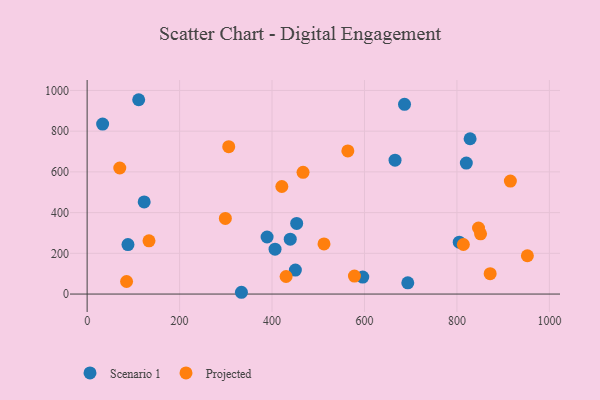
{"axis": {"x": "Ad Spend", "y": "Exam Score"}, "legend": ["Projected", "Scenario 1"], "data": [{"x": "439.4", "y": 269.4, "type": "Scenario 1"}, {"x": "693.7", "y": 54.9, "type": "Scenario 1"}, {"x": "450.5", "y": 117.7, "type": "Scenario 1"}, {"x": "111.5", "y": 954.4, "type": "Scenario 1"}, {"x": "828.5", "y": 762.7, "type": "Scenario 1"}, {"x": "389.3", "y": 280.3, "type": "Scenario 1"}, {"x": "33.5", "y": 834.6, "type": "Scenario 1"}, {"x": "686.6", "y": 931.6, "type": "Scenario 1"}, {"x": "123.4", "y": 452.5, "type": "Scenario 1"}, {"x": "406.5", "y": 220.2, "type": "Scenario 1"}, {"x": "666.1", "y": 657.5, "type": "Scenario 1"}, {"x": "820.3", "y": 643.3, "type": "Scenario 1"}, {"x": "453.3", "y": 346.9, "type": "Scenario 1"}, {"x": "333.8", "y": 8.7, "type": "Scenario 1"}, {"x": "805.0", "y": 254.6, "type": "Scenario 1"}, {"x": "88.3", "y": 243.1, "type": "Scenario 1"}, {"x": "596.3", "y": 83.3, "type": "Scenario 1"}, {"x": "512.4", "y": 246.2, "type": "Projected"}, {"x": "846.7", "y": 324.4, "type": "Projected"}, {"x": "299.0", "y": 371.2, "type": "Projected"}, {"x": "564.0", "y": 703.1, "type": "Projected"}, {"x": "851.1", "y": 295.9, "type": "Projected"}, {"x": "578.3", "y": 88.4, "type": "Projected"}, {"x": "813.9", "y": 243.4, "type": "Projected"}, {"x": "306.3", "y": 723.9, "type": "Projected"}, {"x": "871.9", "y": 99.9, "type": "Projected"}, {"x": "70.6", "y": 619.1, "type": "Projected"}, {"x": "85.3", "y": 61.6, "type": "Projected"}, {"x": "430.4", "y": 86.2, "type": "Projected"}, {"x": "915.6", "y": 554.8, "type": "Projected"}, {"x": "952.4", "y": 188.1, "type": "Projected"}, {"x": "421.2", "y": 528.1, "type": "Projected"}, {"x": "467.1", "y": 597.7, "type": "Projected"}, {"x": "133.8", "y": 261.3, "type": "Projected"}]}